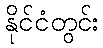
နိုင်ငံတွင်း